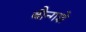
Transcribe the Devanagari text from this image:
बौन्गशे